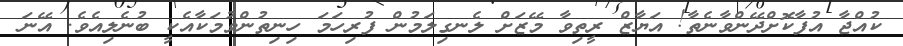
ކުއްޖާ އުފާކޮށްދޭންވާނެތާ! އަޔާޒް ރީތިވާ މޭޒަށް ލެނގިލަމުން ފުރިހަމަ ހިނިތުންވުމަކާއެކީ ބުނެލިއެވެ. އޭނަ